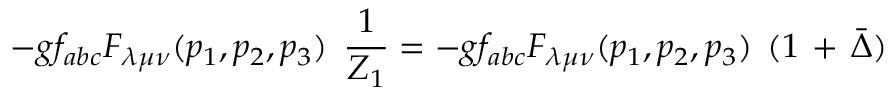
- g f _ { a b c } { F } _ { \lambda \mu \nu } ( p _ { 1 } , p _ { 2 } , p _ { 3 } ) \; \, \frac { 1 } { Z _ { 1 } } = - g f _ { a b c } { F } _ { \lambda \mu \nu } ( p _ { 1 } , p _ { 2 } , p _ { 3 } ) \; \, ( 1 \, + \, \bar { \Delta } )